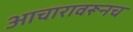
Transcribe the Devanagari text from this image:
आचारावरूनच